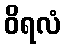
ဝိရလံ